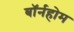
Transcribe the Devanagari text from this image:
बॉर्नहोम